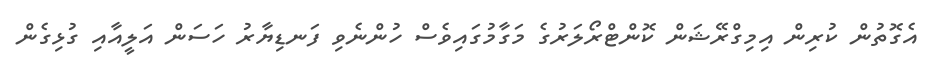
އެގޮތުން ކުރިން އިމިގްރޭޝަން ކޮންޓްރޯލަރުގެ މަގާމުގައިވެސް ހުންނެވި ފަނޑިޔާރު ހަސަން އަލީއާއި ގުޅިގެން